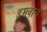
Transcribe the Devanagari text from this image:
डूमवाच